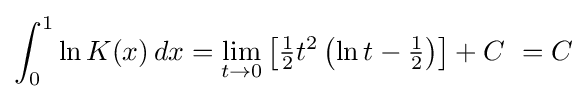
\int _{0}^{1}\ln K(x)\,dx=\lim _{t\rightarrow 0}\left[{\tfrac {1}{2}}t^{2}\left(\ln t-{\tfrac {1}{2}}\right)\right]+C\ =C